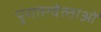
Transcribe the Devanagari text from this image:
पुरातत्‍वेत्‍ताओं